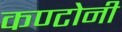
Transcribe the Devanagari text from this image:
कण्टोनी